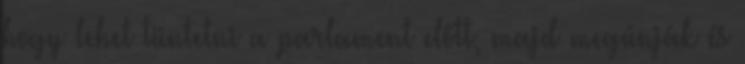
hogy lehet tüntetni a parlament előtt, majd megúnják és